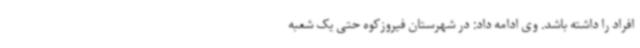
افراد را داشته باشد. وی ادامه داد: در شهرستان فیروزکوه حتی یک شعبه